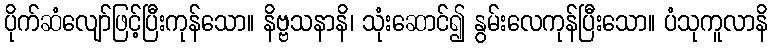
ပိုက်ဆံလျော်ဖြင့်ပြီးကုန်သော။ နိဗ္ဗသနာနိ၊ သုံးဆောင်၍ နွမ်းလေကုန်ပြီးသော။ ပံသုကူလာနိ